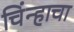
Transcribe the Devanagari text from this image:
चिंन्हाचा